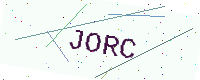
Text: JORC